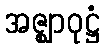
အဇ္ဈာဝုဋ္ဌံ